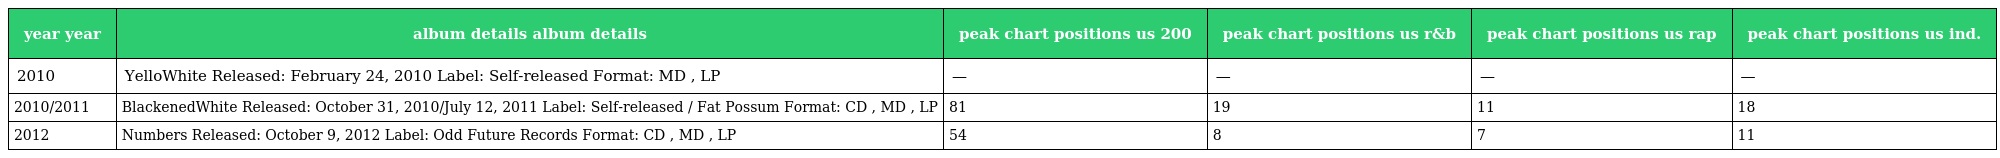
| year year | album details album details | peak chart positions us 200 | peak chart positions us r&b | peak chart positions us rap | peak chart positions us ind. |
 | --- | --- | --- | --- | --- | --- |
 | 2010 | YelloWhite Released: February 24, 2010 Label: Self-released Format: MD , LP | — | — | — | — |
 | 2010/2011 | BlackenedWhite Released: October 31, 2010/July 12, 2011 Label: Self-released / Fat Possum Format: CD , MD , LP | 81 | 19 | 11 | 18 |
 | 2012 | Numbers Released: October 9, 2012 Label: Odd Future Records Format: CD , MD , LP | 54 | 8 | 7 | 11 |